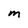
Character: m